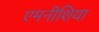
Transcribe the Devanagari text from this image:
एमनीशिया